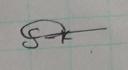
Signature authenticity: genuine